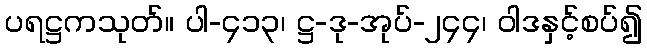
ပရဋ္ဌကသုတ်။ ပါ-၄၁၃၊ ဋ္ဌ-ဒု-အုပ်-၂၄၄၊ ဝါဒနှင့်စပ်၍